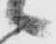
々